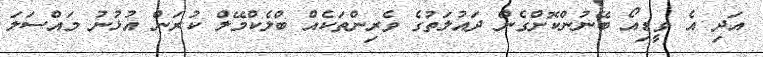
އަދި އެ ވީޑިއޯ ބޭނުންކޮށްގެން ދައުލަތުގެ ވެރިންތަކެއް ބްލެކްމޭލް ކުރަން އުޅުނު މައްސަލަ